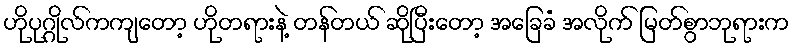
ဟိုပုဂ္ဂိုလ်ကကျတော့ ဟိုတရားနဲ့ တန်တယ် ဆိုပြီးတော့ အခြေခံ အလိုက် မြတ်စွာဘုရားက